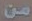
من